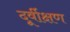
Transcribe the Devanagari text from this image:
दूर्वीक्षण